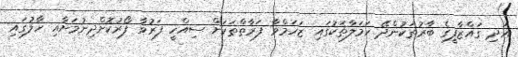
އަދި ގައްޒާފީގެ ބާރުތަކުންދޭ ހަމަލާތަކުގައި ޒަހަމްވާ ފަރާތްތަކަށް ސިއްހީ ފަރުވާ ފޯރުކޮށްދިނުމަށާއި ހާލުގައި